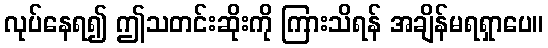
လုပ်နေရ၍ ဤသတင်းဆိုးကို ကြားသိရန် အချိန်မရရှာပေ။